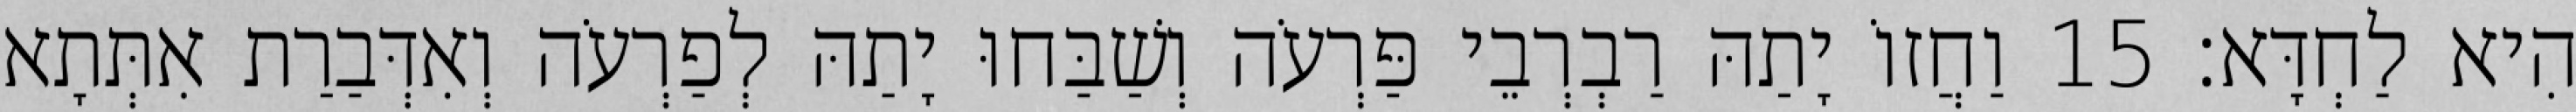
הִיא לַחְדָּא׃ 15 וַחֲזוֹ יָתַהּ רַבְרְבֵי פַּרְעֹה וְשַׁבַּחוּ יָתַהּ לְפַרְעֹה וְאִדְּבַרַת אִתְּתָא